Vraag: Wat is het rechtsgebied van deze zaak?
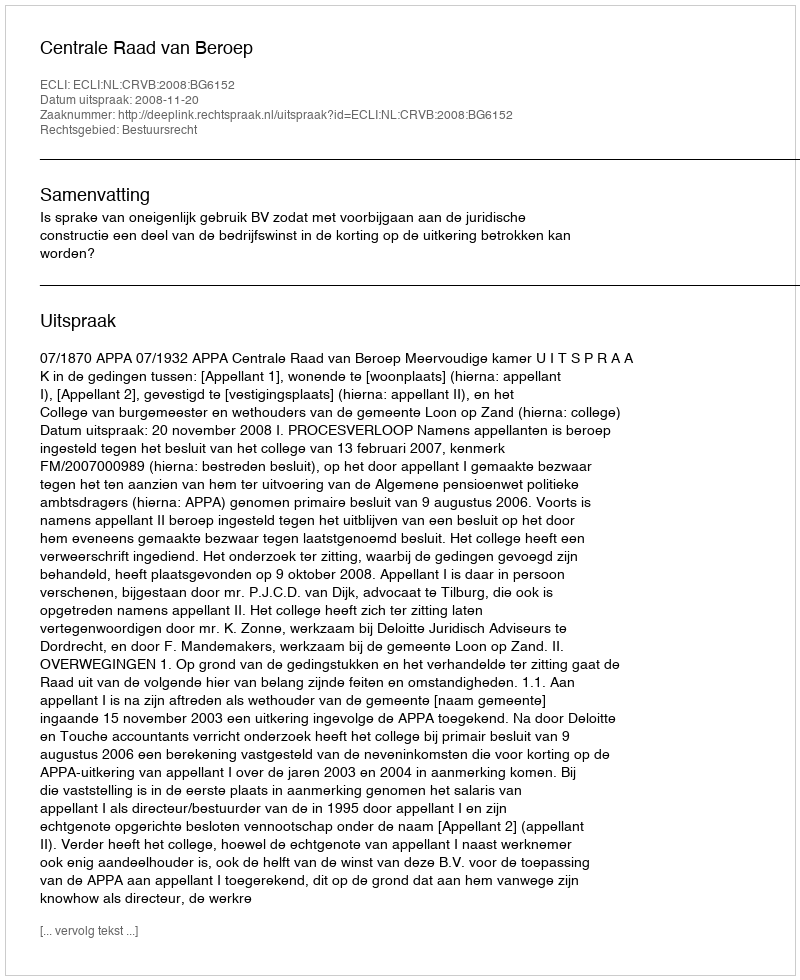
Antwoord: Bestuursrecht